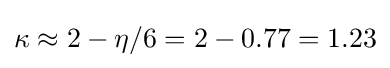
\kappa \approx 2-\eta /6=2-0.77=1.23